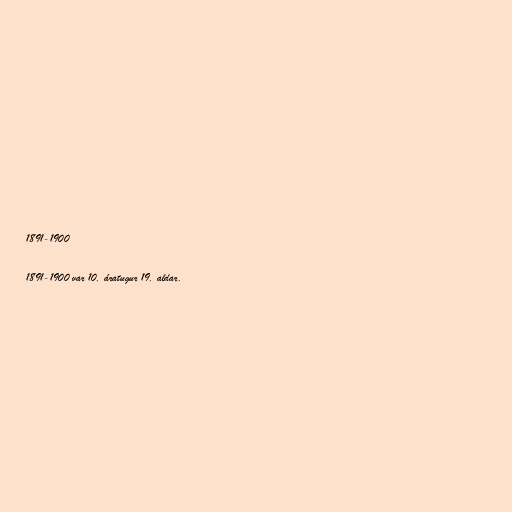
1891-1900

1891-1900 var 10. áratugur 19. aldar.